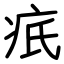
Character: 疧